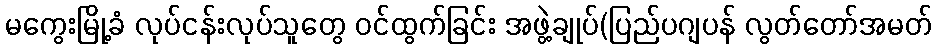
မကွေးမြို့ခံ လုပ်ငန်းလုပ်သူတွေ ဝင်ထွက်ခြင်း အဖွဲ့ချုပ်(ပြည်ပဂျပန် လွတ်တော်အမတ်